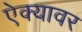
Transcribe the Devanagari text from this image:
ऐक्यावर